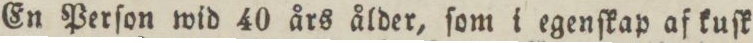
En Perſon wid 40 års ålder, ſom i egenſkap af kuſk